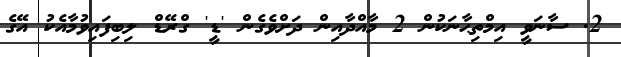
2. ސާނަވީ އިމްތިޙާނަކުން 2 މާއްދާއިން ދަށްވެގެން 'ޑީ' ގްރޭޑް ލިބިފައިވުމާއެކު އޭގެ